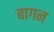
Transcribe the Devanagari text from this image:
बागन